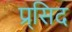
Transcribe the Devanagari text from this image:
प्र्सिद